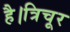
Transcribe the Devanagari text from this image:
है।त्रिचूर